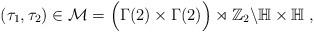
LaTeX: \begin{align*} (\tau_1, \tau_2) \in \mathcal{M} = \Big( \Gamma(2) \times \Gamma(2) \Big) \rtimes \mathbb{Z}_2 \backslash \mathbb{H} \times \mathbb{H} \;,\end{align*}